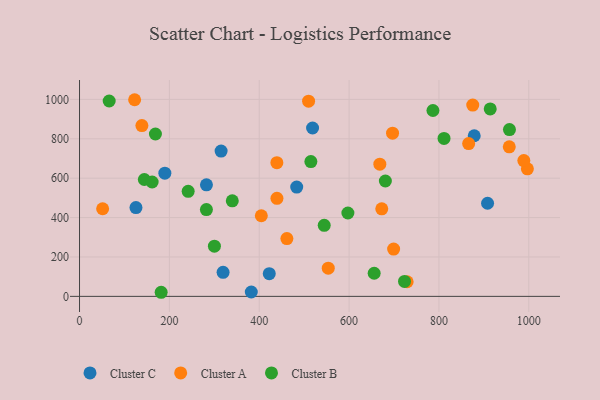
{"axis": {"x": "Experience", "y": "Sales"}, "legend": ["Cluster A", "Cluster B", "Cluster C"], "data": [{"x": "319.5", "y": 122.2, "type": "Cluster C"}, {"x": "282.5", "y": 566.1, "type": "Cluster C"}, {"x": "518.7", "y": 854.8, "type": "Cluster C"}, {"x": "878.5", "y": 815.3, "type": "Cluster C"}, {"x": "189.9", "y": 625.6, "type": "Cluster C"}, {"x": "422.3", "y": 115.4, "type": "Cluster C"}, {"x": "908.2", "y": 472.8, "type": "Cluster C"}, {"x": "382.3", "y": 22.1, "type": "Cluster C"}, {"x": "483.4", "y": 555.0, "type": "Cluster C"}, {"x": "125.6", "y": 450.6, "type": "Cluster C"}, {"x": "315.1", "y": 737.5, "type": "Cluster C"}, {"x": "138.8", "y": 867.2, "type": "Cluster A"}, {"x": "875.2", "y": 971.0, "type": "Cluster A"}, {"x": "996.8", "y": 647.6, "type": "Cluster A"}, {"x": "509.8", "y": 991.1, "type": "Cluster A"}, {"x": "696.7", "y": 828.5, "type": "Cluster A"}, {"x": "461.5", "y": 293.3, "type": "Cluster A"}, {"x": "699.1", "y": 240.3, "type": "Cluster A"}, {"x": "122.6", "y": 998.3, "type": "Cluster A"}, {"x": "988.9", "y": 689.3, "type": "Cluster A"}, {"x": "553.6", "y": 143.0, "type": "Cluster A"}, {"x": "668.4", "y": 671.0, "type": "Cluster A"}, {"x": "439.4", "y": 498.0, "type": "Cluster A"}, {"x": "404.6", "y": 409.4, "type": "Cluster A"}, {"x": "956.5", "y": 759.2, "type": "Cluster A"}, {"x": "729.2", "y": 74.2, "type": "Cluster A"}, {"x": "51.4", "y": 444.8, "type": "Cluster A"}, {"x": "866.1", "y": 775.7, "type": "Cluster A"}, {"x": "439.2", "y": 678.6, "type": "Cluster A"}, {"x": "672.7", "y": 444.4, "type": "Cluster A"}, {"x": "786.6", "y": 943.6, "type": "Cluster B"}, {"x": "723.3", "y": 76.0, "type": "Cluster B"}, {"x": "956.9", "y": 846.7, "type": "Cluster B"}, {"x": "241.8", "y": 533.5, "type": "Cluster B"}, {"x": "168.9", "y": 824.4, "type": "Cluster B"}, {"x": "811.3", "y": 802.0, "type": "Cluster B"}, {"x": "680.7", "y": 585.8, "type": "Cluster B"}, {"x": "300.2", "y": 254.9, "type": "Cluster B"}, {"x": "144.2", "y": 593.4, "type": "Cluster B"}, {"x": "914.1", "y": 951.6, "type": "Cluster B"}, {"x": "597.3", "y": 423.3, "type": "Cluster B"}, {"x": "282.4", "y": 440.5, "type": "Cluster B"}, {"x": "161.6", "y": 580.5, "type": "Cluster B"}, {"x": "514.9", "y": 684.1, "type": "Cluster B"}, {"x": "66.0", "y": 991.9, "type": "Cluster B"}, {"x": "655.8", "y": 117.4, "type": "Cluster B"}, {"x": "544.6", "y": 360.8, "type": "Cluster B"}, {"x": "340.0", "y": 485.0, "type": "Cluster B"}, {"x": "181.7", "y": 20.8, "type": "Cluster B"}]}